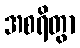
အစရိတွာ